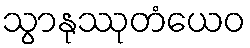
သွာနုဿုတံယေဝ